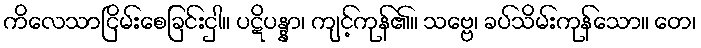
ကိလေသာငြိမ်းစေခြင်းငှါ။ ပဋိပန္နာ၊ ကျင့်ကုန်၏။ သဗ္ဗေ၊ ခပ်သိမ်းကုန်သော။ တေ၊